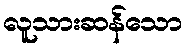
လူသားဆန်သော